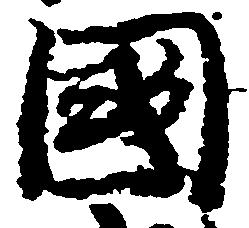
国